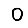
Digit: 0